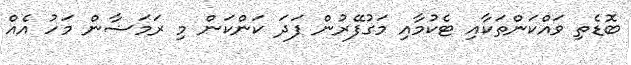
ބޮޑެތި ވައްކަންތަކާއި ޓެކުމާއި މަގުފޭރުން ފަދަ ކަންކަން މި ރަމަޟާން މަހު އެއް